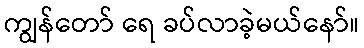
ကျွန်တော် ရေ ခပ်လာခဲ့မယ်နော်။